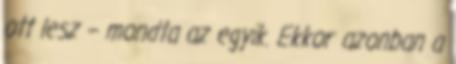
ott lesz – mondta az egyik. Ekkor azonban a